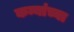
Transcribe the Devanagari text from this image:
कन्यांच्या